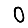
Digit: 0